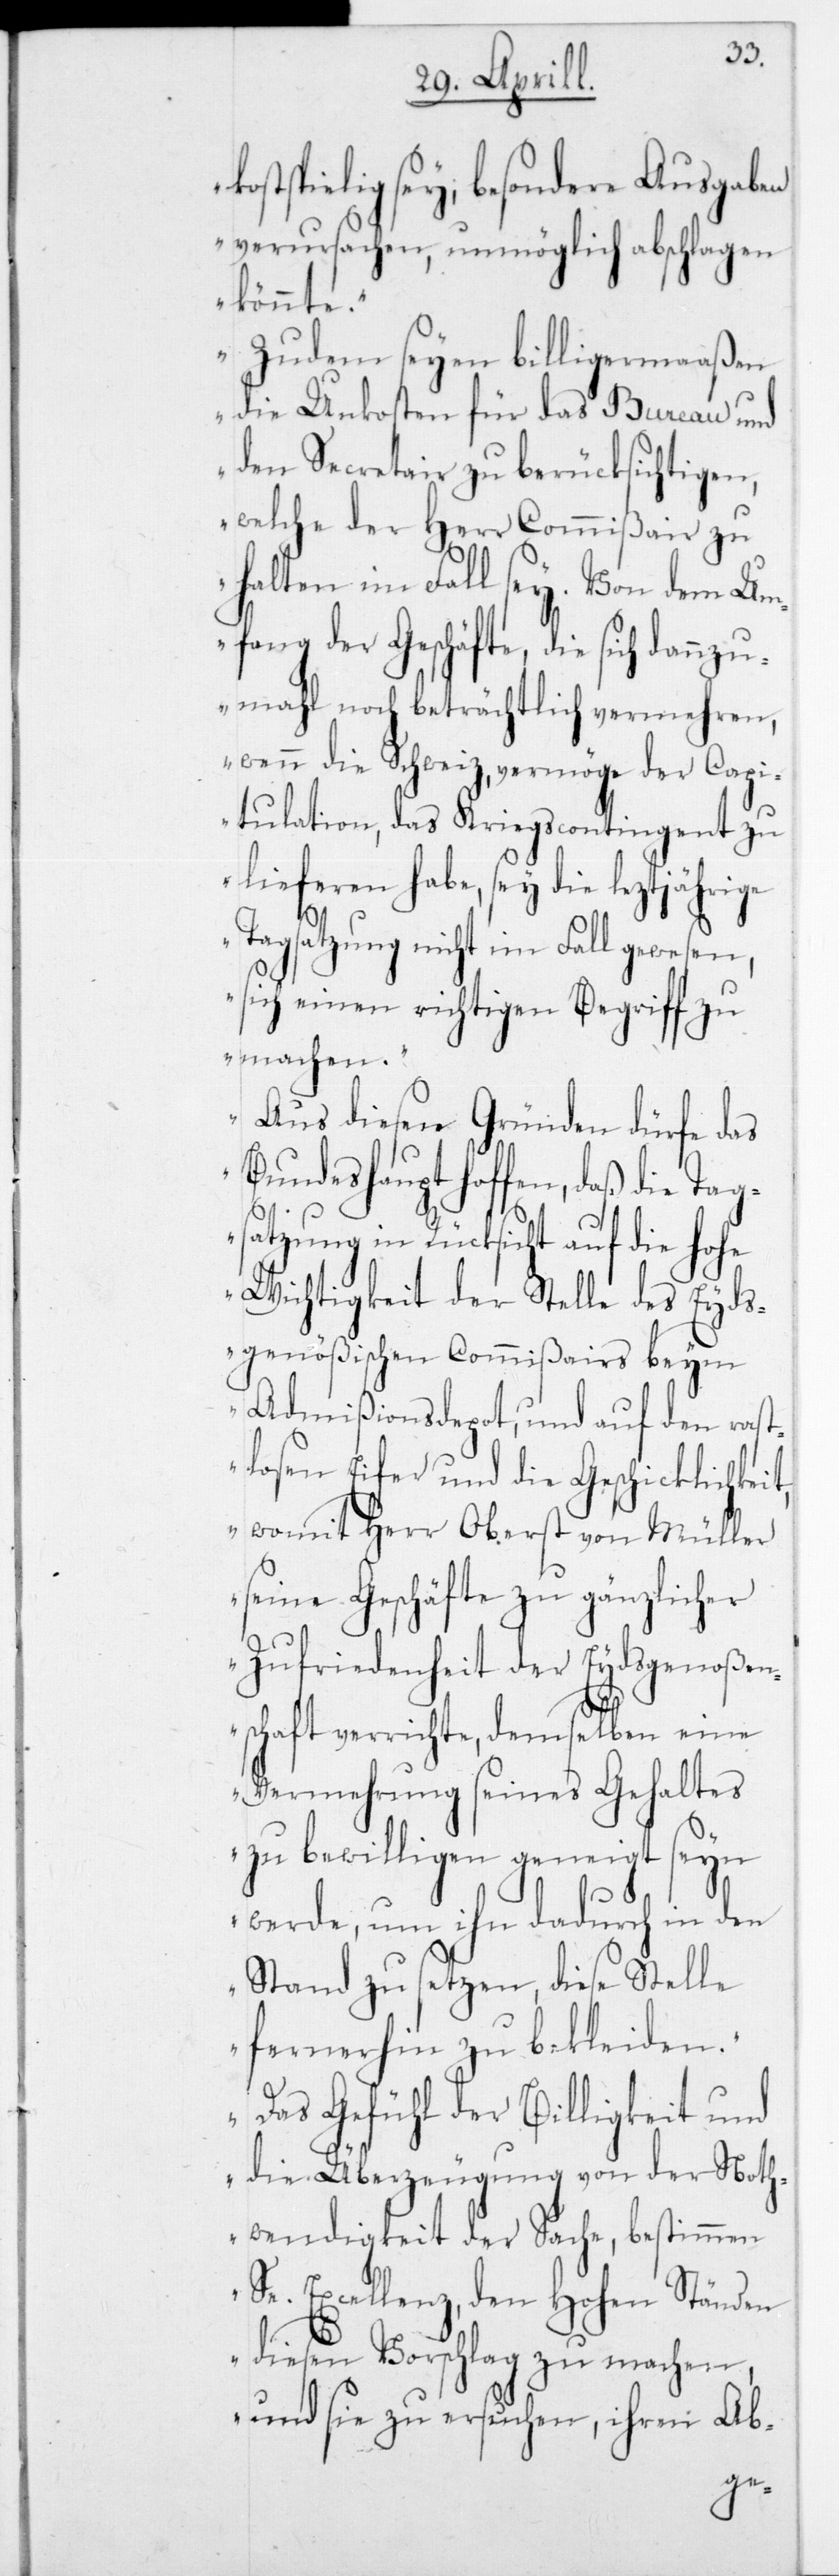
kostspielig sey, besondere Ausgaben
verursachen, unmöglich abschlagen
könnte.
Zudem seyen billigermaaßen
die Unkosten für das Bureau und
den Secretair zu berücksichtigen,
welche der Herr Commißair zu
halten im Fall sey. Von dem Um¬
fang der Geschäfte, die sich dannzu¬
mahl noch beträchtlich vermehren,
wenn die Schweiz, vermöge der Capi¬
tulation, das Kriegscontingent zu
lieferen habe, sey die leztjährige
Tagsatzung nicht im Fall gewesen,
sich einen richtigen Begriff zu
machen.
Aus diesen Gründen dürfe das
Bundeshaupt hoffen, daß die Tag¬
satzung in Rücksicht auf die hohe
Wichtigkeit der Stelle des Eyds¬
genößischen Commißairs beym
Admißionsdepot, und auf den rast¬
losen Eifer und die Geschicklichkeit,
womit Herr Oberst von Müller
seine Geschäfte zu gänzlicher
Zufriedenheit der Eydsgenoßen¬
schaft verrichte, demselben eine
Vermehrung seines Gehaltes
zu bewilligen geneigt seyn
werde, um ihn dadurch in den
Stand zu setzen, diese Stelle
fernerhin zu bekleiden.
Das Gefühl der Billigkeit und
die Überzeugung von der Noth¬
wendigkeit der Sache, bestimmen
Se. Excellenz, den Hohen Ständen
diesen Vorschlag zu machen,
und sie zu ersuchen, ihrem Ab-